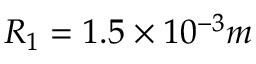
R _ { 1 } = 1 . 5 \times 1 0 ^ { - 3 } m